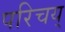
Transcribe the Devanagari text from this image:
परिचय्